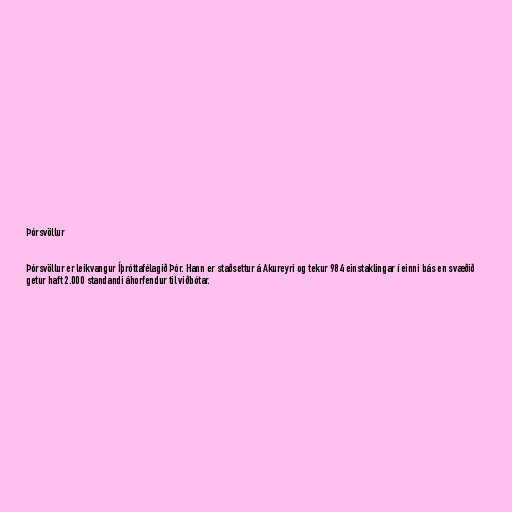
Þórsvöllur

Þórsvöllur er leikvangur Íþróttafélagið Þór. Hann er staðsettur á Akureyri og tekur 984 einstaklingar í einni bás en svæðið
getur haft 2.000 standandi áhorfendur til viðbótar.